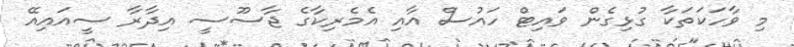
މި ވާހަކަތަކާ ގުޅިގެން ވައިޓް ހައުސް އާއި އެމެރިކާގެ ޖާސޫސީ އިދާރާ ސީއައިއޭ